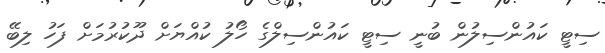
ސިޓީ ކައުންސިލުން ބުނީ ސިޓީ ކައުންސިލްގެ ހޯލު ކުއްޔަށް ދޫކުރުމަށް ފަހު ލިބޭ